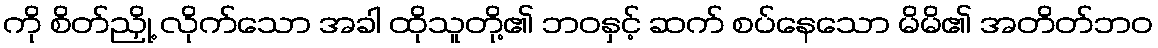
ကို စိတ်ညှို့ လိုက်သော အခါ ထိုသူတို့၏ ဘဝနှင့် ဆက် စပ်နေသော မိမိ၏ အတိတ်ဘဝ